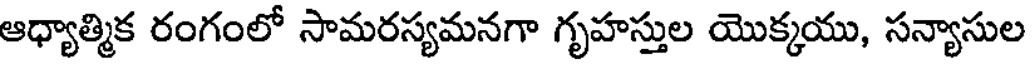
ఆధ్యాత్మిక రంగంలో సామరస్యమనగా గృహస్తుల యొక్కయు, సన్యాసుల